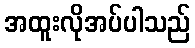
အထူးလိုအပ်ပါသည်